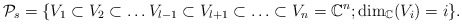
\begin{align*} \mathcal{P}_s=\{V_1\subset V_2\subset \ldots V_{l-1}\subset V_{l+1}\subset\ldots \subset V_{n}=\mathbb{C}^n; \dim_{\mathbb{C}}(V_i)=i\}. \end{align*}